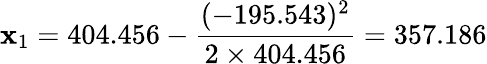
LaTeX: \mathbf{x}_{1}=404.456-{\frac{{(-195.543)^{2}}}{{2\times404.456}}}=357.186